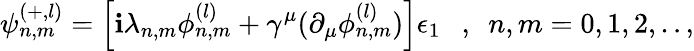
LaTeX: \psi_{n,m}^{(+,l)}=\left[\mathbf{i}\lambda_{n,m}\phi_{n,m}^{(l)}+\gamma^{\mu}(\partial_{\mu}\phi_{n,m}^{(l)})\right]\epsilon_{1}~~~,~~n,m=0,1,2,..,